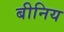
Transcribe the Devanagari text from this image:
बीनिय